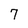
Character: 7